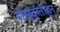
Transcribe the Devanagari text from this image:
संस्कृतीहून